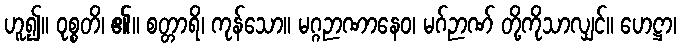
ဟူ၍။ ဝုစ္စတိ၊ ၏။ စတ္တာရိ၊ ကုန်သော။ မဂ္ဂဉာဏာနေဝ၊ မဂ်ဉာဏ် တို့ကိုသာလျှင်။ ဟေဋ္ဌာ၊